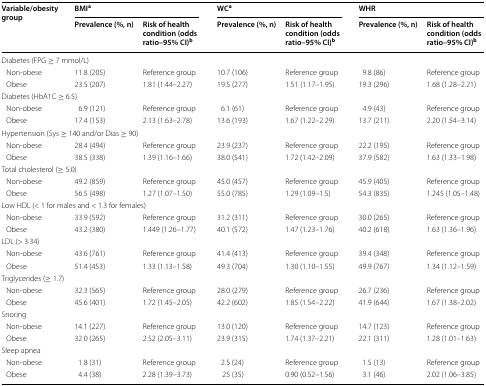
<table><thead><tr><td rowspan="2"><b>Variable/obesity group</b></td><td colspan="2"><b>BMI<sup>a</sup></b></td><td colspan="2"><b>WC<sup>a</sup></b></td><td colspan="2"><b>WHR</b></td></tr><tr><td><b>Prevalence (%, n)</b></td><td><b>Risk of health condition (odds ratio–95% CI)<sup>b</sup></b></td><td><b>Prevalence (%, n)</b></td><td><b>Risk of health condition (odds ratio–95% CI)<sup>b</sup></b></td><td><b>Prevalence (%, n)</b></td><td><b>Risk of health condition (odds ratio–95% CI)<sup>b</sup></b></td></tr></thead><tbody><tr><td colspan="7">Diabetes (FPG ≥ 7 mmol/L)</td></tr><tr><td> Non-obese</td><td>11.8 (205)</td><td>Reference group</td><td>10.7 (106)</td><td>Reference group</td><td>9.8 (86)</td><td>Reference group</td></tr><tr><td> Obese</td><td>23.5 (207)</td><td>1.81 (1.44–2.27)</td><td>19.5 (277)</td><td>1.51 (1.17–1.95)</td><td>19.3 (296)</td><td>1.68 (1.28–2.21)</td></tr><tr><td colspan="7">Diabetes (HbA1C ≥ 6.5)</td></tr><tr><td> Non-obese</td><td>6.9 (121)</td><td>Reference group</td><td>6.1 (61)</td><td>Reference group</td><td>4.9 (43)</td><td>Reference group</td></tr><tr><td> Obese</td><td>17.4 (153)</td><td>2.13 (1.63–2.78)</td><td>13.6 (193)</td><td>1.67 (1.22–2.29)</td><td>13.7 (211)</td><td>2.20 (1.54–3.14)</td></tr><tr><td colspan="7">Hypertension (Sys ≥ 140 and/or Dias ≥ 90)</td></tr><tr><td> Non-obese</td><td>28.4 (494)</td><td>Reference group</td><td>23.9 (237)</td><td>Reference group</td><td>22.2 (195)</td><td>Reference group</td></tr><tr><td> Obese</td><td>38.5 (338)</td><td>1.39 (1.16–1.66)</td><td>38.0 (541)</td><td>1.72 (1.42–2.09)</td><td>37.9 (582)</td><td>1.63 (1.33–1.98)</td></tr><tr><td colspan="7">Total cholesterol (≥ 5.0)</td></tr><tr><td> Non-obese</td><td>49.2 (859)</td><td>Reference group</td><td>45.0 (457)</td><td>Reference group</td><td>45.9 (405)</td><td>Reference group</td></tr><tr><td> Obese</td><td>56.5 (498)</td><td>1.27 (1.07–1.50)</td><td>55.0 (785)</td><td>1.29 (1.09–1.5)</td><td>54.3 (835)</td><td>1.245 (1.05–1.48)</td></tr><tr><td colspan="7">Low HDL (&lt; 1 for males and &lt; 1.3 for females)</td></tr><tr><td> Non-obese</td><td>33.9 (592)</td><td>Reference group</td><td>31.2 (311)</td><td>Reference group</td><td>30.0 (265)</td><td>Reference group</td></tr><tr><td> Obese</td><td>43.2 (380)</td><td>1.449 (1.26–1.77)</td><td>40.1 (572)</td><td>1.47 (1.23–1.76)</td><td>40.2 (618)</td><td>1.63 (1.36–1.96)</td></tr><tr><td colspan="7">LDL (&gt; 3.34)</td></tr><tr><td> Non-obese</td><td>43.6 (761)</td><td>Reference group</td><td>41.4 (413)</td><td>Reference group</td><td>39.4 (348)</td><td>Reference group</td></tr><tr><td> Obese</td><td>51.4 (453)</td><td>1.33 (1.13–1.58)</td><td>49.3 (704)</td><td>1.30 (1.10–1.55)</td><td>49.9 (767)</td><td>1.34 (1.12–1.59)</td></tr><tr><td colspan="7">Triglycerides (≥ 1.7)</td></tr><tr><td> Non-obese</td><td>32.3 (565)</td><td>Reference group</td><td>28.0 (279)</td><td>Reference group</td><td>26.7 (236)</td><td>Reference group</td></tr><tr><td> Obese</td><td>45.6 (401)</td><td>1.72 (1.45–2.05)</td><td>42.2 (602)</td><td>1.85 (1.54–2.22)</td><td>41.9 (644)</td><td>1.67 (1.38–2.02)</td></tr><tr><td colspan="7">Snoring</td></tr><tr><td> Non-obese</td><td>14.1 (227)</td><td>Reference group</td><td>13.0 (120)</td><td>Reference group</td><td>14.7 (123)</td><td>Reference group</td></tr><tr><td> Obese</td><td>32.0 (265)</td><td>2.52 (2.05–3.11)</td><td>23.9 (315)</td><td>1.74 (1.37–2.21)</td><td>22.1 (311)</td><td>1.28 (1.01–1.63)</td></tr><tr><td colspan="7">Sleep apnea</td></tr><tr><td> Non-obese</td><td>1.8 (31)</td><td>Reference group</td><td>2.5 (24)</td><td>Reference group</td><td>1.5 (13)</td><td>Reference group</td></tr><tr><td> Obese</td><td>4.4 (38)</td><td>2.28 (1.39–3.73)</td><td>25 (35)</td><td>0.90 (0.52–1.56)</td><td>3.1 (46)</td><td>2.02 (1.06–3.85)</td></tr></tbody></table>